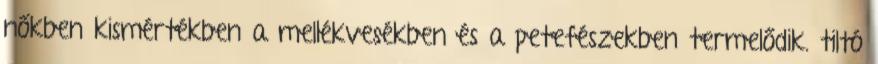
nőkben kismértékben a mellékvesékben és a petefészekben termelődik. tiltó